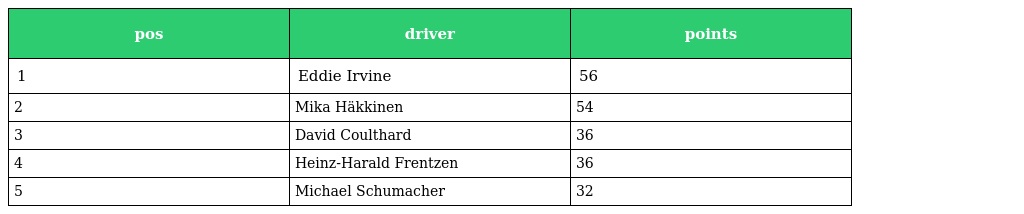
| pos | driver | points |
 | --- | --- | --- |
 | 1 | Eddie Irvine | 56 |
 | 2 | Mika Häkkinen | 54 |
 | 3 | David Coulthard | 36 |
 | 4 | Heinz-Harald Frentzen | 36 |
 | 5 | Michael Schumacher | 32 |